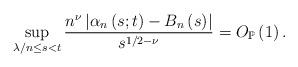
LaTeX: \begin{align*}\sup_{\lambda/n\leq s<t}\frac{n^{\nu}\left\vert \alpha_{n}\left( s;t\right)-B_{n}\left( s\right) \right\vert }{s^{1/2-\nu}}=O_{\mathbb{P}}\left(1\right) .\bigskip\end{align*}